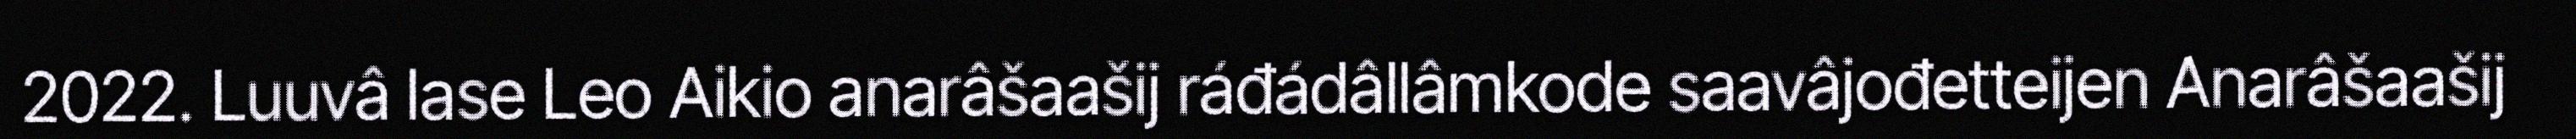
2022. Luuvâ lase Leo Aikio anarâšaašij ráđádâllâmkode saavâjođetteijen Anarâšaašij